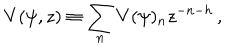
V ( \psi , z ) \equiv \sum _ { n } V ( \psi ) _ { n } z ^ { - n - h } \, ,